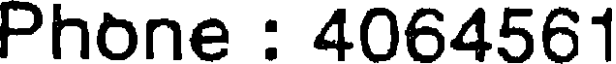
Phone : 4064561